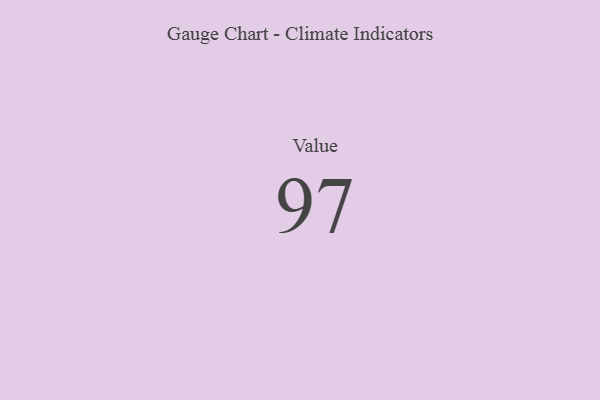
{"axis": {"x": "Metric", "y": "Value"}, "legend": [""], "data": [{"x": "Value", "y": 97, "type": ""}]}